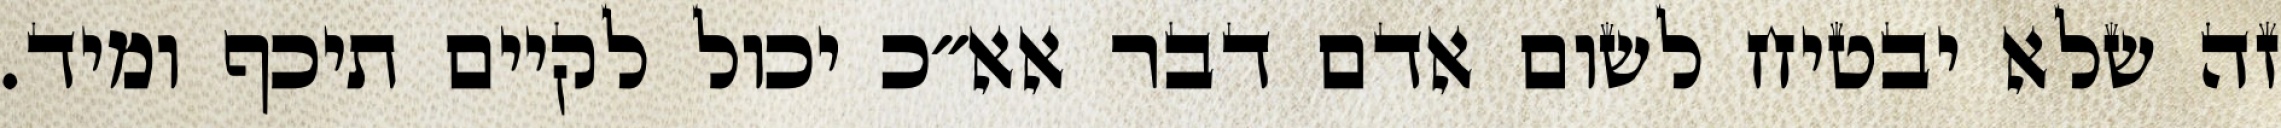
זה שלא יבטיח לשום אדם דבר אא״כ יכול לקיים תיכף ומיד.